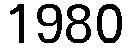
1980